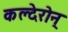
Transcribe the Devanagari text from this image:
कल्देरोन्